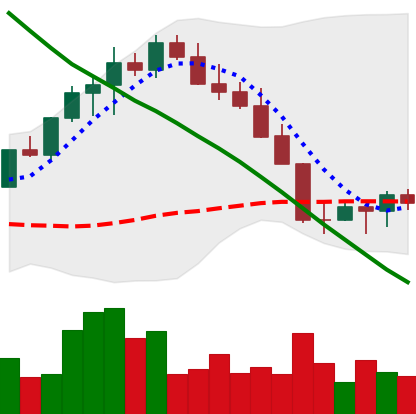
Ticker: LINK-USD
Chart end date: 2022-08-24
Forward return: -6.059%
Label: down_5_7